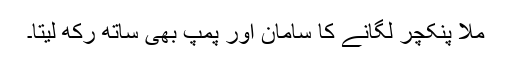
ملا پنکچر لگانے کا سامان اور پمپ بھی ساتھ رکھ لیتا۔